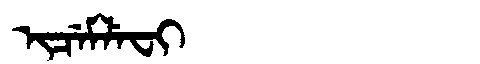
Manchu: ᡳᠴᡝᠮᠯᡝᠸᡳ
Romanization: ICEMLEFI